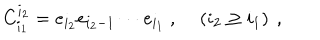
C _ { i _ { 1 } } ^ { i _ { 2 } } = e _ { i _ { 2 } } e _ { i _ { 2 } - 1 } \cdots e _ { i _ { 1 } } ~ , ~ \left( i _ { 2 } \geq i _ { 1 } \right) ~ ,